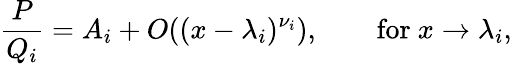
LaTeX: {\frac{P}{Q_{i}}}=A_{i}+O((x-\lambda_{i})^{\nu_{i}}),\qquad{\mathrm{for~}}x\to\lambda_{i},